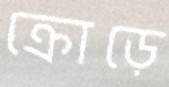
ক্রোড়ে